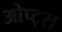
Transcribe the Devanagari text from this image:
ओप्ट्स